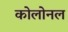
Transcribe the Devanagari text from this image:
कोलोनल